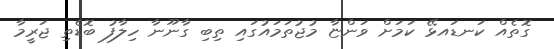
ގޮތެއް ކަނޑައޅޭ ކަމަށް ވަންޏާ މުޖުތަމައުގައި ތިބި ގާނޫނާ ހިލާފު ބޮޑެތި ޖަރީމާ